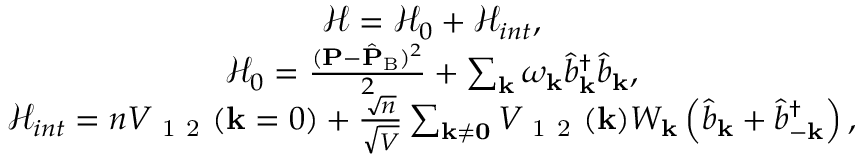
\begin{array} { r } { \begin{array} { c } { \mathcal { H } = \mathcal { H } _ { 0 } + \mathcal { H } _ { i n t } , } \\ { \mathcal { H } _ { 0 } = \frac { ( { \mathbf { P } } - \hat { \mathbf { P } } _ { \mathrm { B } } ) ^ { 2 } } { 2 } + \sum _ { \mathbf { k } } \omega _ { \mathbf { k } } \hat { b } _ { \mathbf { k } } ^ { \dagger } \hat { b } _ { \mathbf { k } } , } \\ { \mathcal { H } _ { i n t } = n V _ { \mathrm { ~ 1 ~ 2 ~ } } ( \mathbf { k } = 0 ) + \frac { \sqrt { n } } { \sqrt { V } } \sum _ { \mathbf { k \neq 0 } } V _ { \mathrm { ~ 1 ~ 2 ~ } } ( \mathbf { k } ) W _ { \mathbf { k } } \left( \hat { b } _ { \mathbf { k } } + \hat { b } _ { - \mathbf { k } } ^ { \dagger } \right) , } \end{array} } \end{array}